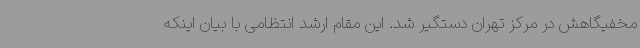
مخفیگاهش در مرکز تهران دستگیر شد. این مقام ارشد انتظامی با بیان اینکه